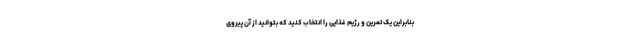
بنابراین یک تمرین و رژیم غذایی را انتخاب کنید که بتوانید از آن پیروی